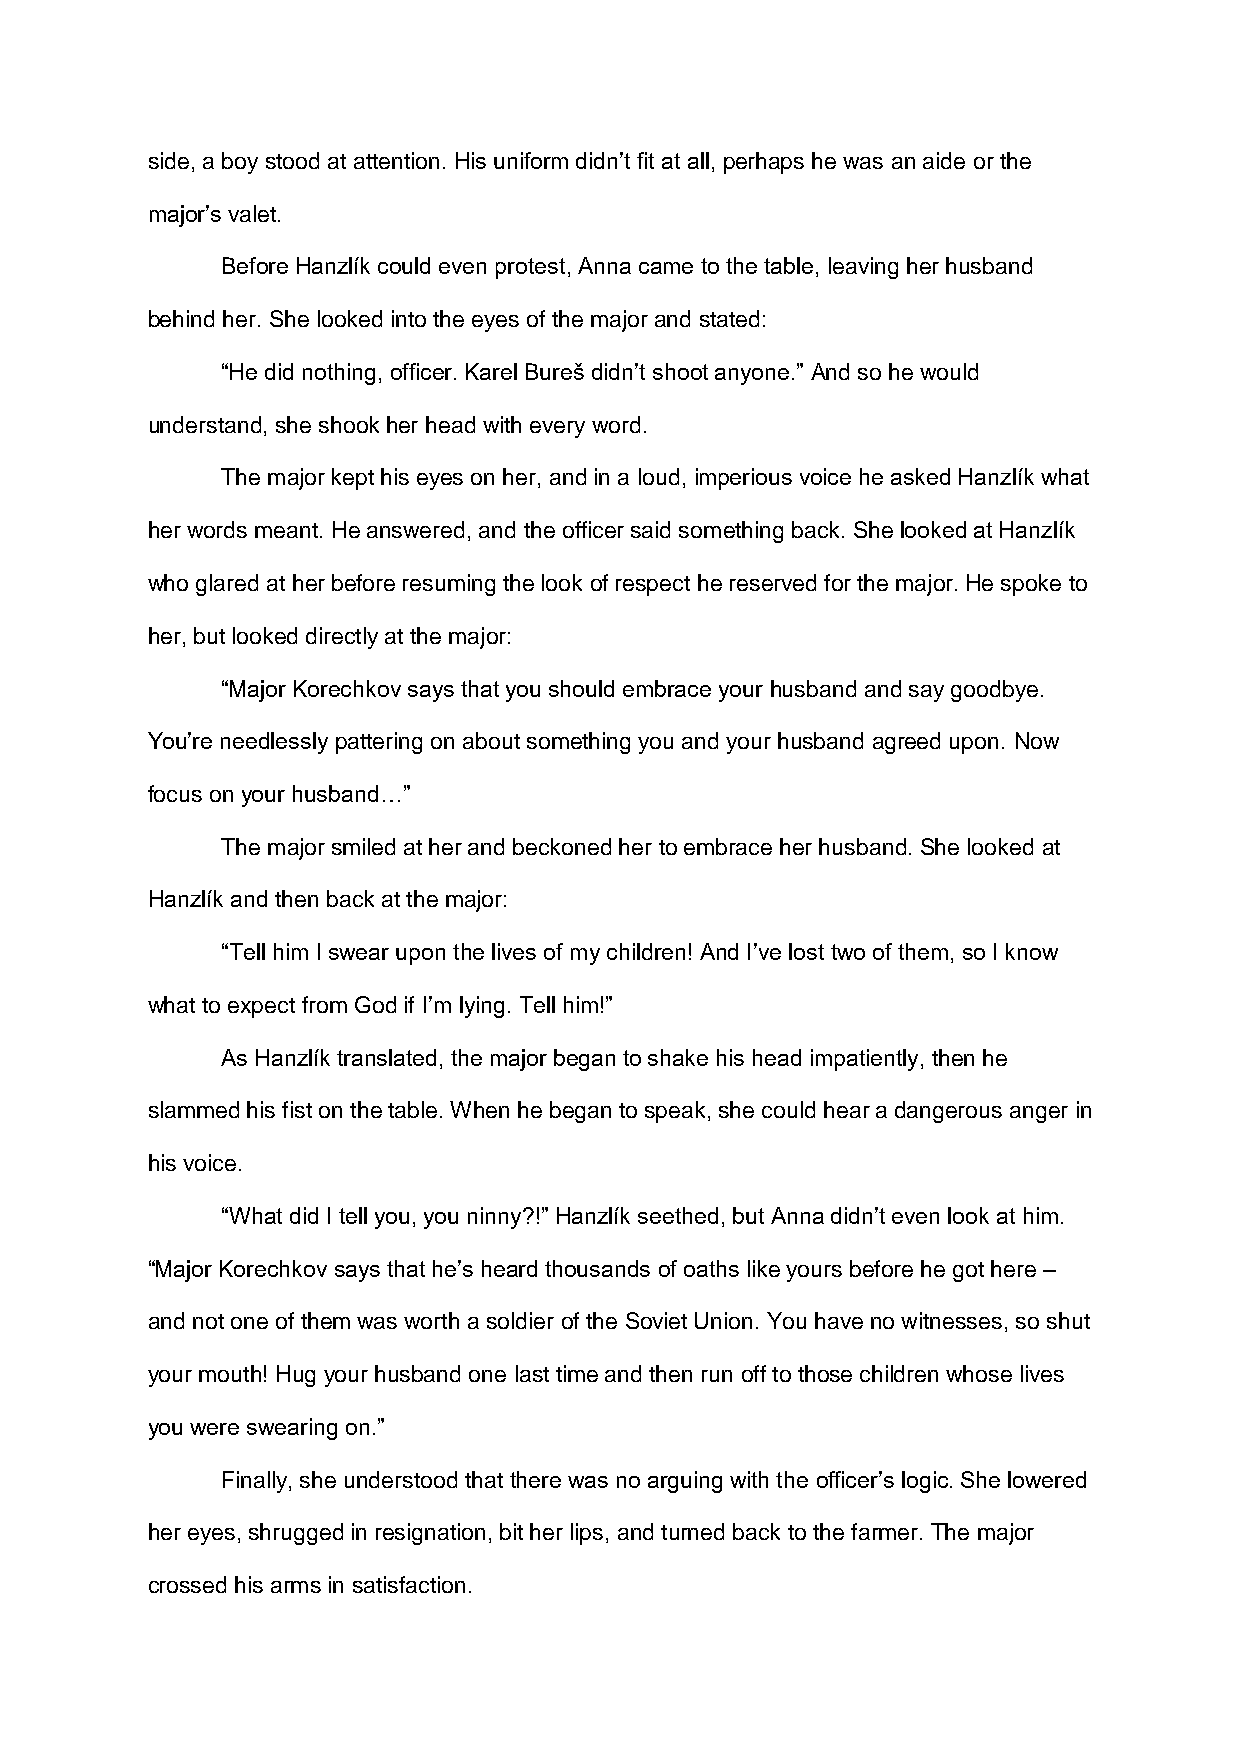
side, a boy stood at attention. His uniform didn’t fit at all, perhaps he was an aide or the
 major’s valet.
 Before Hanzlík could even protest, Anna came to the table, leaving her husband
 behind her. She looked into the eyes of the major and stated:
 “He did nothing, officer. Karel Bureš didn’t shoot anyone.” And so he would
 understand, she shook her head with every word.
 The major kept his eyes on her, and in a loud, imperious voice he asked Hanzlík what
 her words meant. He answered, and the officer said something back. She looked at Hanzlík
 who glared at her before resuming the look of respect he reserved for the major. He spoke to
 her, but looked directly at the major:
 “Major Korechkov says that you should embrace your husband and say goodbye.
 You’re needlessly pattering on about something you and your husband agreed upon. Now
 focus on your husband…”
 The major smiled at her and beckoned her to embrace her husband. She looked at
 Hanzlík and then back at the major:
 “Tell him I swear upon the lives of my children! And I’ve lost two of them, so I know
 what to expect from God if I’m lying. Tell him!”
 As Hanzlík translated, the major began to shake his head impatiently, then he
 slammed his fist on the table. When he began to speak, she could hear a dangerous anger in
 his voice.
 “What did I tell you, you ninny?!” Hanzlík seethed, but Anna didn’t even look at him.
 “Major Korechkov says that he’s heard thousands of oaths like yours before he got here –
 and not one of them was worth a soldier of the Soviet Union. You have no witnesses, so shut
 your mouth! Hug your husband one last time and then run off to those children whose lives
 you were swearing on.”
 Finally, she understood that there was no arguing with the officer’s logic. She lowered
 her eyes, shrugged in resignation, bit her lips, and turned back to the farmer. The major
 crossed his arms in satisfaction.